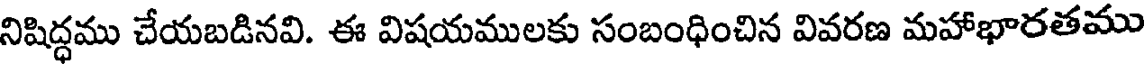
నిషిద్ధము చేయబడినవి. ఈ విషయములకు సంబంధించిన వివరణ మహాభారతము